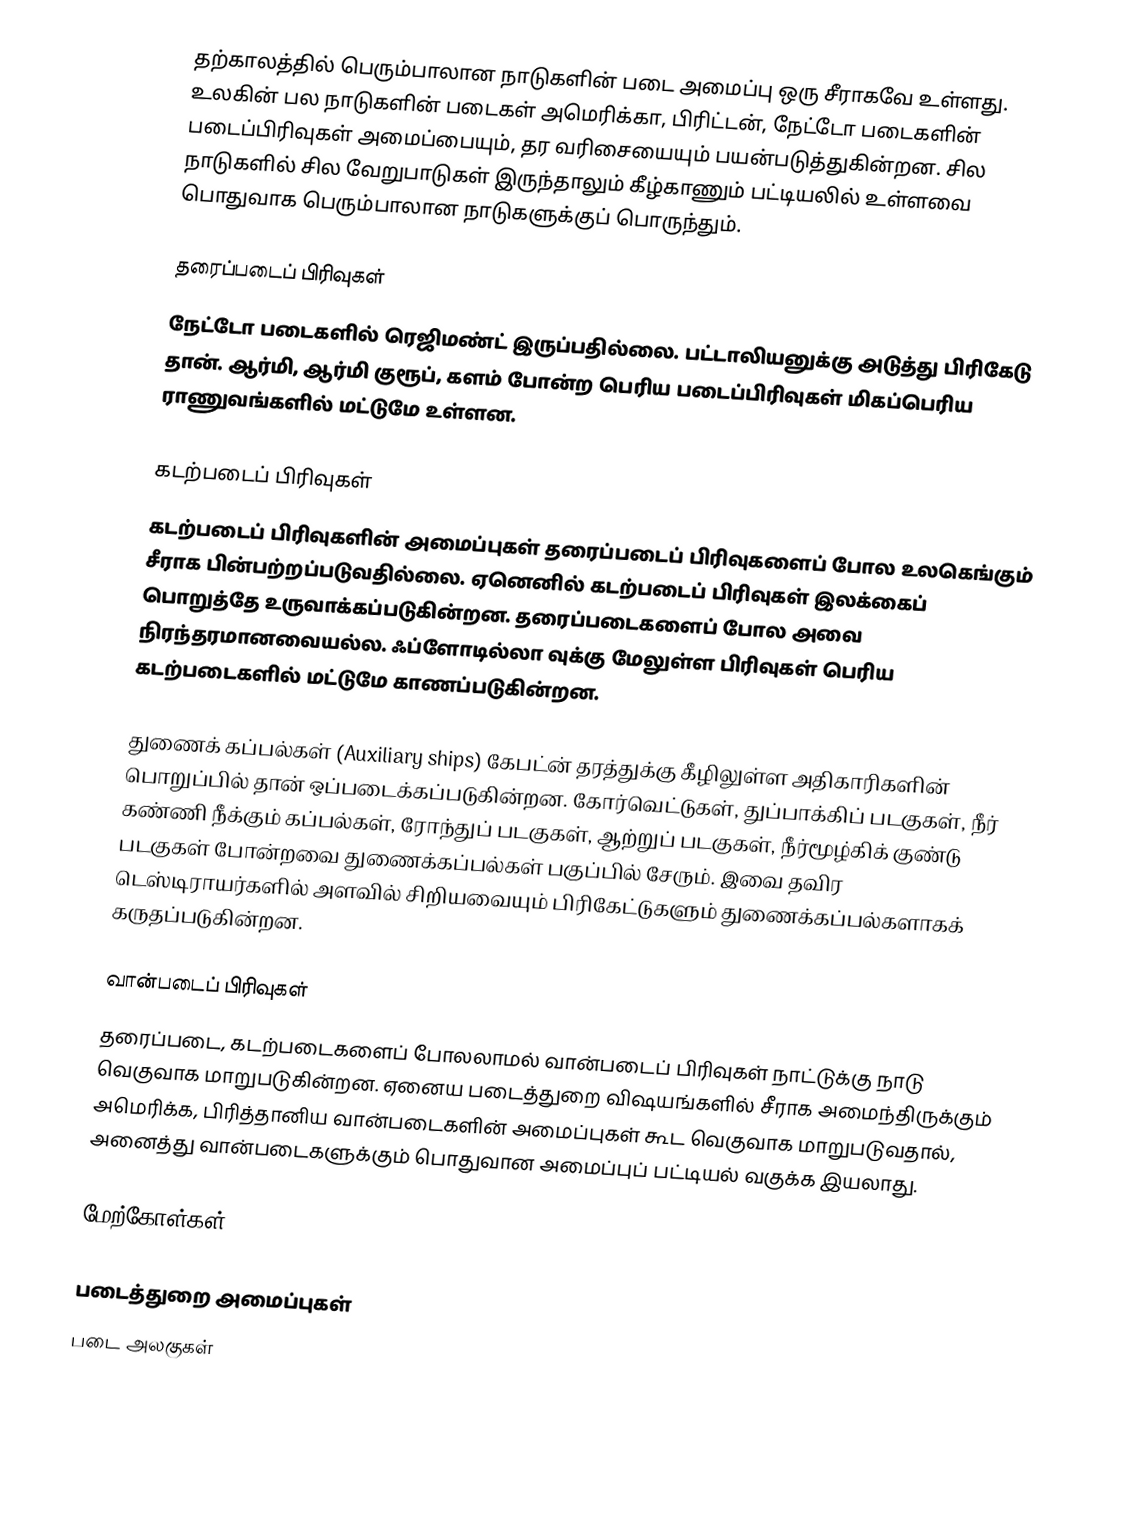
தற்காலத்தில் பெரும்பாலான நாடுகளின் படை அமைப்பு ஒரு சீராகவே உள்ளது. உலகின் பல நாடுகளின் படைகள் அமெரிக்கா, பிரிட்டன், நேட்டோ படைகளின் படைப்பிரிவுகள் அமைப்பையும், தர வரிசையையும் பயன்படுத்துகின்றன. சில நாடுகளில் சில வேறுபாடுகள் இருந்தாலும் கீழ்காணும் பட்டியலில் உள்ளவை பொதுவாக பெரும்பாலான நாடுகளுக்குப் பொருந்தும்.

தரைப்படைப் பிரிவுகள்
நேட்டோ படைகளில் ரெஜிமண்ட் இருப்பதில்லை. பட்டாலியனுக்கு அடுத்து பிரிகேடு தான். ஆர்மி, ஆர்மி குரூப், களம் போன்ற பெரிய படைப்பிரிவுகள் மிகப்பெரிய ராணுவங்களில் மட்டுமே உள்ளன.

கடற்படைப் பிரிவுகள்
கடற்படைப் பிரிவுகளின் அமைப்புகள் தரைப்படைப் பிரிவுகளைப் போல உலகெங்கும் சீராக பின்பற்றப்படுவதில்லை. ஏனெனில் கடற்படைப் பிரிவுகள் இலக்கைப் பொறுத்தே உருவாக்கப்படுகின்றன. தரைப்படைகளைப் போல அவை நிரந்தரமானவையல்ல. ஃப்ளோடில்லா வுக்கு மேலுள்ள பிரிவுகள் பெரிய கடற்படைகளில் மட்டுமே காணப்படுகின்றன.

துணைக் கப்பல்கள் (Auxiliary ships) கேபட்ன் தரத்துக்கு கீழிலுள்ள அதிகாரிகளின் பொறுப்பில் தான் ஒப்படைக்கப்படுகின்றன. கோர்வெட்டுகள், துப்பாக்கிப் படகுகள், நீர் கண்ணி நீக்கும் கப்பல்கள், ரோந்துப் படகுகள், ஆற்றுப் படகுகள், நீர்மூழ்கிக் குண்டு படகுகள் போன்றவை துணைக்கப்பல்கள் பகுப்பில் சேரும். இவை தவிர டெஸ்டிராயர்களில் அளவில் சிறியவையும் பிரிகேட்டுகளும் துணைக்கப்பல்களாகக் கருதப்படுகின்றன.

வான்படைப் பிரிவுகள்
தரைப்படை, கடற்படைகளைப் போலலாமல் வான்படைப் பிரிவுகள் நாட்டுக்கு நாடு வெகுவாக மாறுபடுகின்றன. ஏனைய படைத்துறை விஷயங்களில் சீராக அமைந்திருக்கும் அமெரிக்க, பிரித்தானிய வான்படைகளின் அமைப்புகள் கூட வெகுவாக மாறுபடுவதால், அனைத்து வான்படைகளுக்கும் பொதுவான அமைப்புப் பட்டியல் வகுக்க இயலாது.

மேற்கோள்கள்

படைத்துறை அமைப்புகள்
படை அலகுகள்